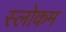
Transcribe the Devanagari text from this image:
स्‍लोकम